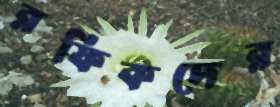
রফিকদের